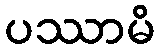
ပဿာမိ